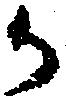
か